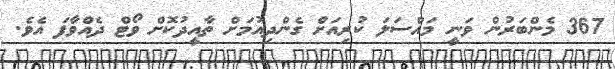
367 މެންބަރުން ވަނީ މައްސަލަ ކުރިއަށް ގެންދިއުމަށް ތާއީދުކޮށް ވޯޓް ދެއްވާފަ އެވެ.